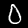
Label: 0